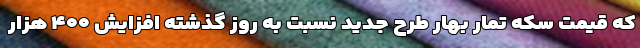
که قیمت سکه تمار بهار طرح جدید نسبت به روز گذشته افزایش ۴۰۰ هزار